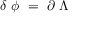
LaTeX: \delta \; \phi \ = \ \partial \; \Lambda